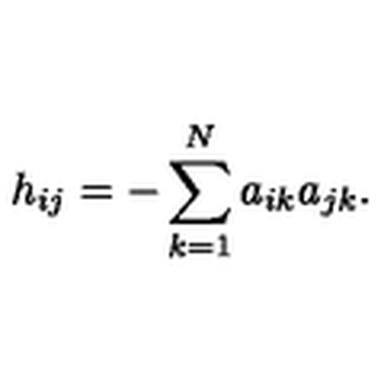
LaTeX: h _ { i j } = - \sum _ { k = 1 } ^ { N } a _ { i k } a _ { j k } .